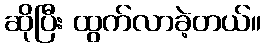
ဆိုပြီး ထွက်လာခဲ့တယ်။